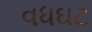
વધઘટ